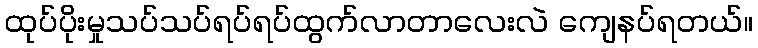
ထုပ်ပိုးမှုသပ်သပ်ရပ်ရပ်ထွက်လာတာလေးလဲ ကျေနပ်ရတယ်။